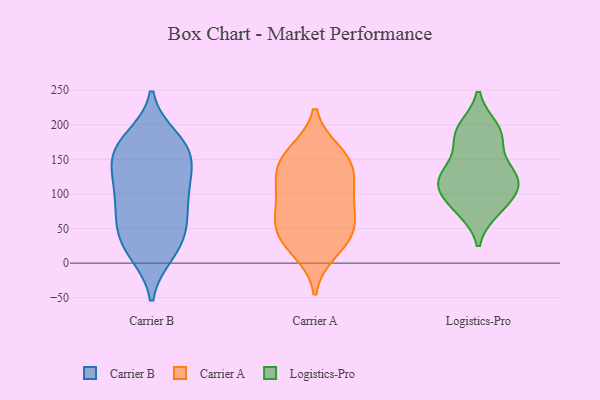
{"axis": {"x": "Demand Index", "y": "Value"}, "legend": ["Carrier A", "Carrier B", "Logistics-Pro"], "data": [{"x": "", "y": 40, "type": "Carrier B"}, {"x": "", "y": 107, "type": "Carrier B"}, {"x": "", "y": 170, "type": "Carrier B"}, {"x": "", "y": 29, "type": "Carrier B"}, {"x": "", "y": 65, "type": "Carrier B"}, {"x": "", "y": 142, "type": "Carrier B"}, {"x": "", "y": 180, "type": "Carrier B"}, {"x": "", "y": 170, "type": "Carrier B"}, {"x": "", "y": 121, "type": "Carrier B"}, {"x": "", "y": 136, "type": "Carrier B"}, {"x": "", "y": 103, "type": "Carrier B"}, {"x": "", "y": 51, "type": "Carrier B"}, {"x": "", "y": 14, "type": "Carrier B"}, {"x": "", "y": 71, "type": "Carrier B"}, {"x": "", "y": 15, "type": "Carrier B"}, {"x": "", "y": 167, "type": "Carrier B"}, {"x": "", "y": 158, "type": "Carrier B"}, {"x": "", "y": 89, "type": "Carrier B"}, {"x": "", "y": 159, "type": "Carrier A"}, {"x": "", "y": 96, "type": "Carrier A"}, {"x": "", "y": 139, "type": "Carrier A"}, {"x": "", "y": 18, "type": "Carrier A"}, {"x": "", "y": 111, "type": "Carrier A"}, {"x": "", "y": 38, "type": "Carrier A"}, {"x": "", "y": 90, "type": "Carrier A"}, {"x": "", "y": 59, "type": "Carrier A"}, {"x": "", "y": 57, "type": "Carrier A"}, {"x": "", "y": 39, "type": "Carrier A"}, {"x": "", "y": 139, "type": "Carrier A"}, {"x": "", "y": 153, "type": "Carrier A"}, {"x": "", "y": 170, "type": "Logistics-Pro"}, {"x": "", "y": 111, "type": "Logistics-Pro"}, {"x": "", "y": 89, "type": "Logistics-Pro"}, {"x": "", "y": 122, "type": "Logistics-Pro"}, {"x": "", "y": 190, "type": "Logistics-Pro"}, {"x": "", "y": 119, "type": "Logistics-Pro"}, {"x": "", "y": 139, "type": "Logistics-Pro"}, {"x": "", "y": 81, "type": "Logistics-Pro"}, {"x": "", "y": 120, "type": "Logistics-Pro"}, {"x": "", "y": 195, "type": "Logistics-Pro"}, {"x": "", "y": 120, "type": "Logistics-Pro"}, {"x": "", "y": 77, "type": "Logistics-Pro"}, {"x": "", "y": 188, "type": "Logistics-Pro"}]}